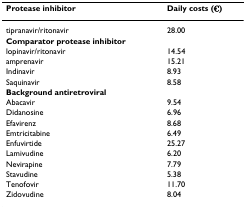
<table><thead><tr><td><b>Protease inhibitor</b></td><td><b>Daily costs (€)</b></td></tr></thead><tbody><tr><td>tipranavir/ritonavir</td><td>28.00</td></tr><tr><td><b>Comparator protease inhibitor</b></td><td></td></tr><tr><td>lopinavir/ritonavir</td><td>14.54</td></tr><tr><td>amprenavir</td><td>15.21</td></tr><tr><td>Indinavir</td><td>8.93</td></tr><tr><td>Saquinavir</td><td>8.58</td></tr><tr><td><b>Background antiretroviral</b></td><td></td></tr><tr><td>Abacavir</td><td>9.54</td></tr><tr><td>Didanosine</td><td>6.96</td></tr><tr><td>Efavirenz</td><td>8.68</td></tr><tr><td>Emtricitabine</td><td>6.49</td></tr><tr><td>Enfuvirtide</td><td>25.27</td></tr><tr><td>Lamivudine</td><td>6.20</td></tr><tr><td>Nevirapine</td><td>7.79</td></tr><tr><td>Stavudine</td><td>5.38</td></tr><tr><td>Tenofovir</td><td>11.70</td></tr><tr><td>Zidovudine</td><td>8.04</td></tr></tbody></table>